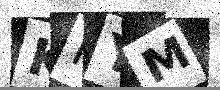
Text: KKYM